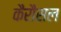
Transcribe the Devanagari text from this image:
कैरौसल